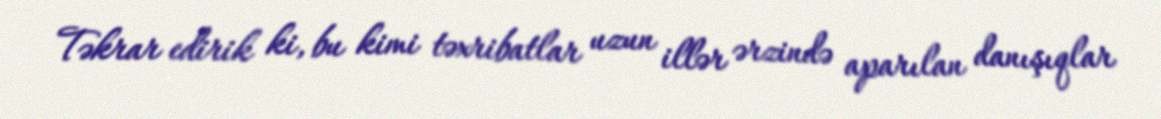
Təkrar edirik ki, bu kimi təxribatlar uzun illər ərzində aparılan danışıqlar